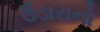
ઉડારાનો